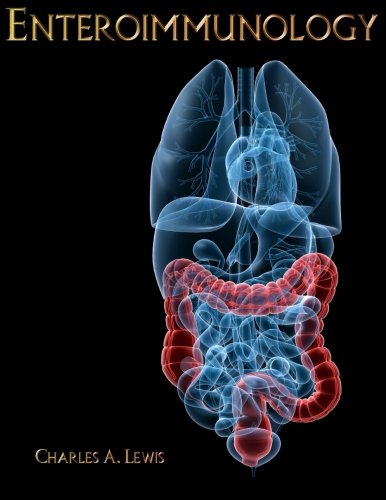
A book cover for Enteroimmunology: A Guide to the Prevention and Treatment of Chronic Inflammatory Disease; Charles A Lewis; Medical Books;